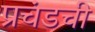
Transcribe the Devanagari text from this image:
प्रचंडची